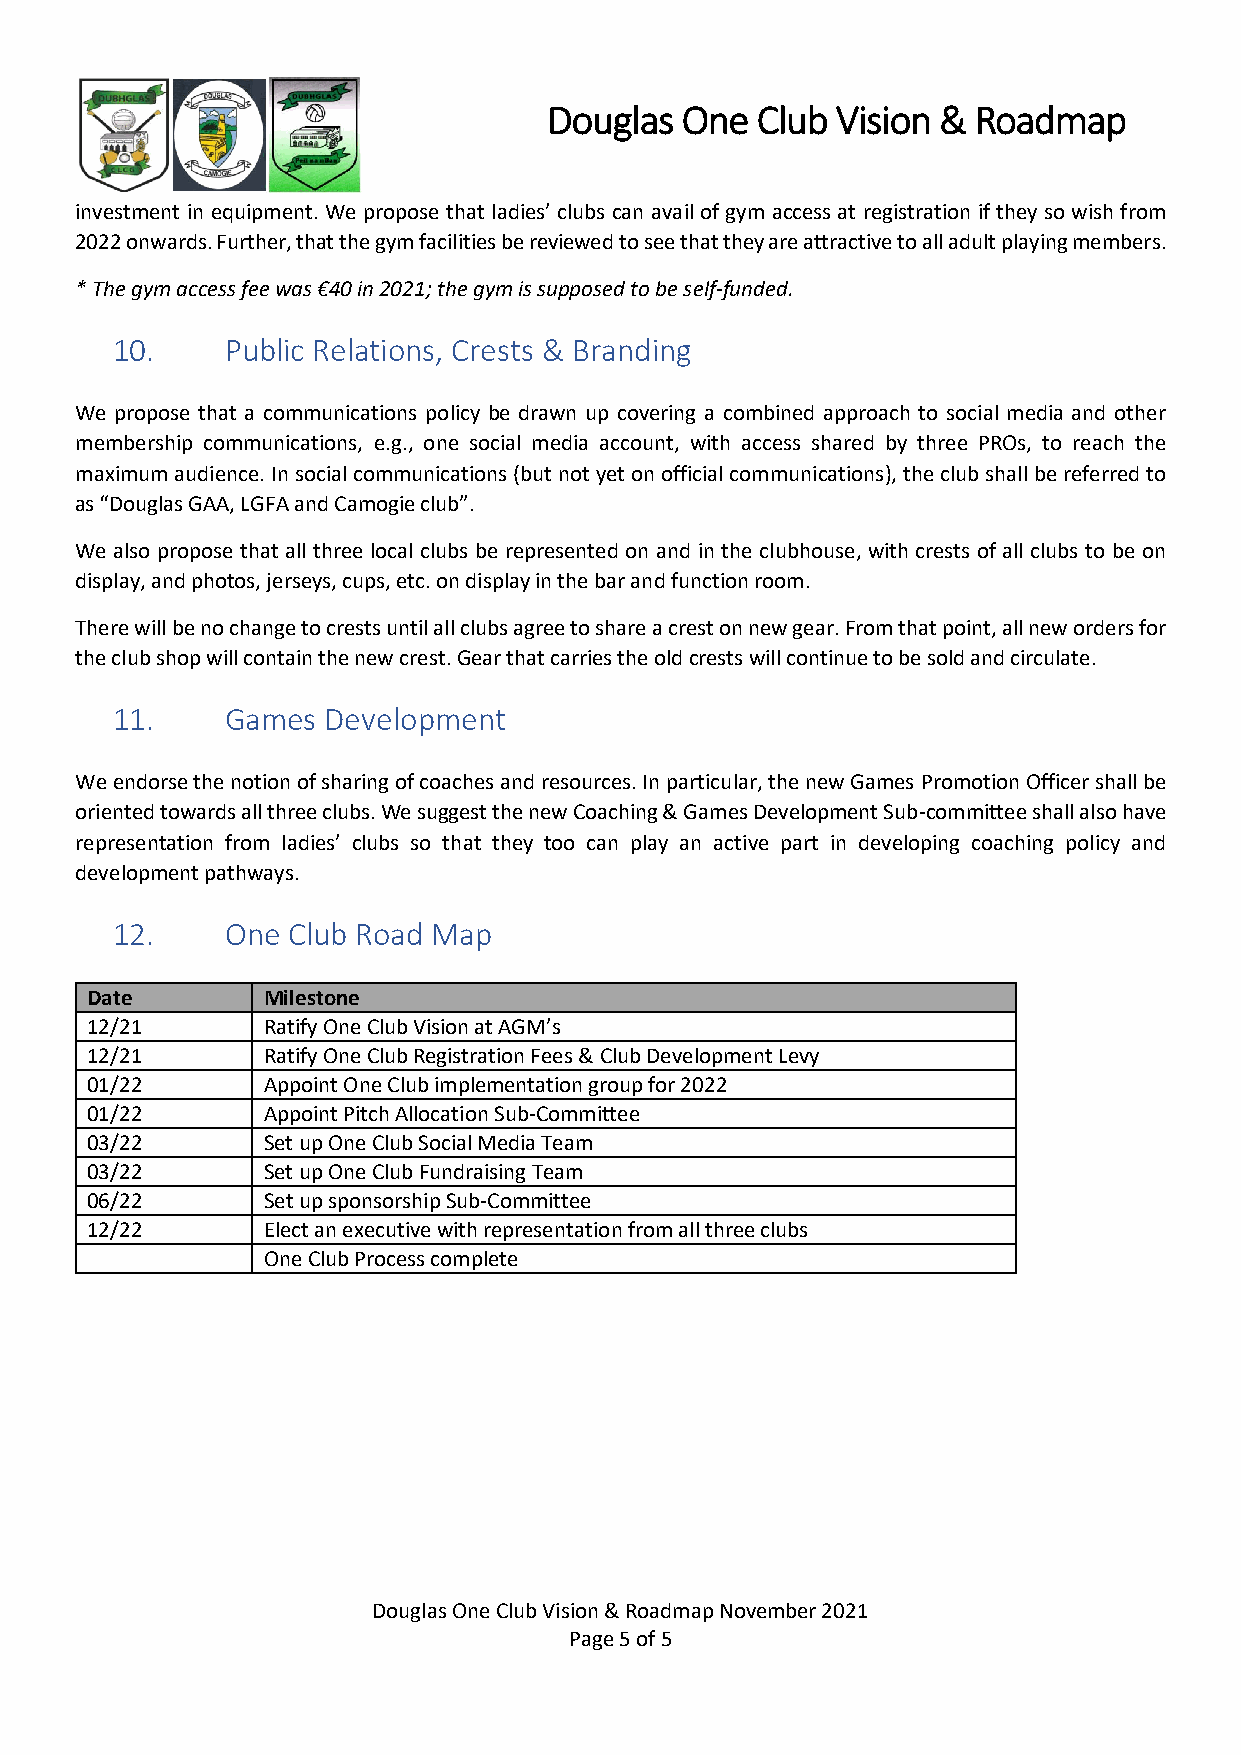
Douglas  One  Club Vision &  Roadmap
 investment in equipment. We propose that ladies’ clubs can avail of gym access at registration if they so wish from
 2022 onwards. Further, that the gym facilities be reviewed to see that they are attractive to all adult playing members.
 * The gym access fee was €40 in 2021; the gym is supposed to be self-funded.
 10.     Public Relations, Crests & Branding
 We propose that a communications policy be drawn up covering a combined approach to social media and other
 membership communications, e.g., one social media account, with access shared by three PROs, to reach the
 maximum audience. In social communications (but not yet on official communications), the club shall be referred to
 as “Douglas GAA, LGFA and Camogie club”.
 We also propose that all three local clubs be represented on and in the clubhouse, with crests of all clubs to be on
 display, and photos, jerseys, cups, etc. on display in the bar and function room.
 There will be no change to crests until all clubs agree to share a crest on new gear. From that point, all new orders for
 the club shop will contain the new crest. Gear that carries the old crests will continue to be sold and circulate.
 11.     Games  Development
 We endorse the notion of sharing of coaches and resources. In particular, the new Games Promotion Officer shall be
 oriented towards all three clubs. We suggest the new Coaching & Games Development Sub-committee shall also have
 representation from ladies’ clubs so that they too can play an active part in developing coaching policy and
 development pathways.
 12.     One Club Road Map
 Date       Milestone
 12/21      Ratify One Club Vision at AGM’s
 12/21      Ratify One Club Registration Fees & Club Development Levy
 01/22      Appoint One Club implementation group for 2022
 01/22      Appoint Pitch Allocation Sub-Committee
 03/22      Set up One Club Social Media Team
 03/22      Set up One Club Fundraising Team
 06/22      Set up sponsorship Sub-Committee
 12/22      Elect an executive with representation from all three clubs
 One Club Process complete
 Douglas One Club Vision & Roadmap November 2021
 Page 5 of 5